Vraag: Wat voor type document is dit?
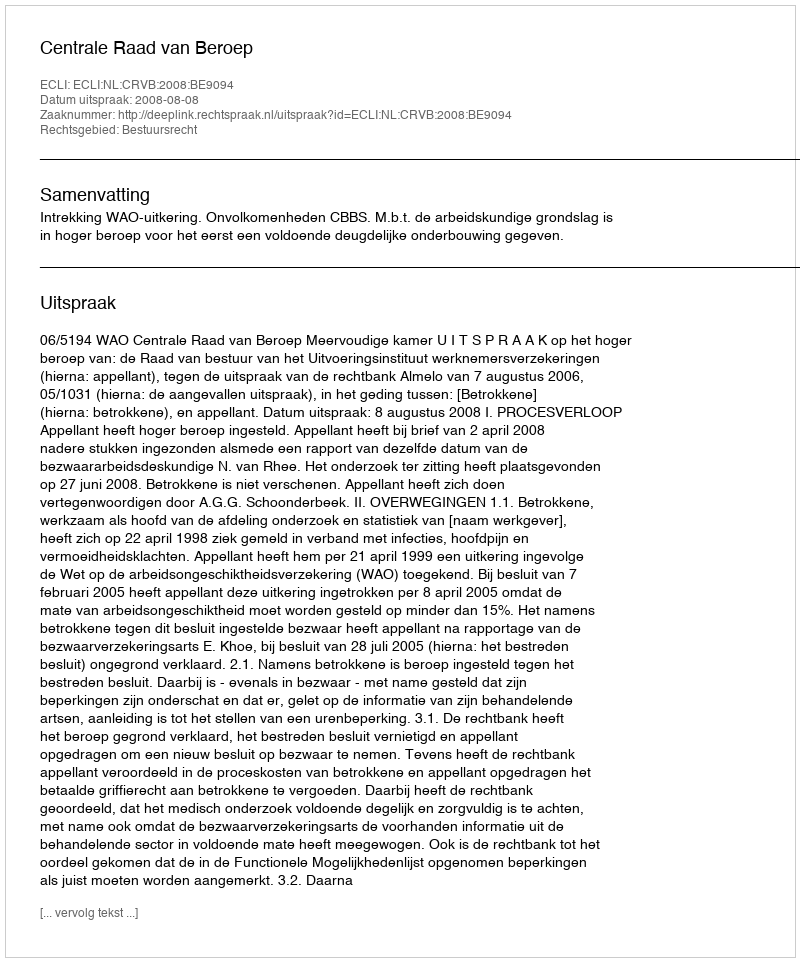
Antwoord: Uitspraak